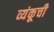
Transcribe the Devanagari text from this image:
व्यंकूची